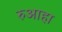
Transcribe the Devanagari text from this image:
रुआहा